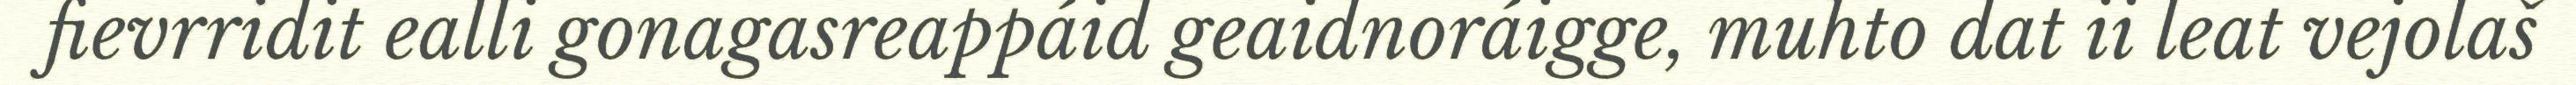
fievrridit ealli gonagasreappáid geaidnoráigge, muhto dat ii leat vejolaš